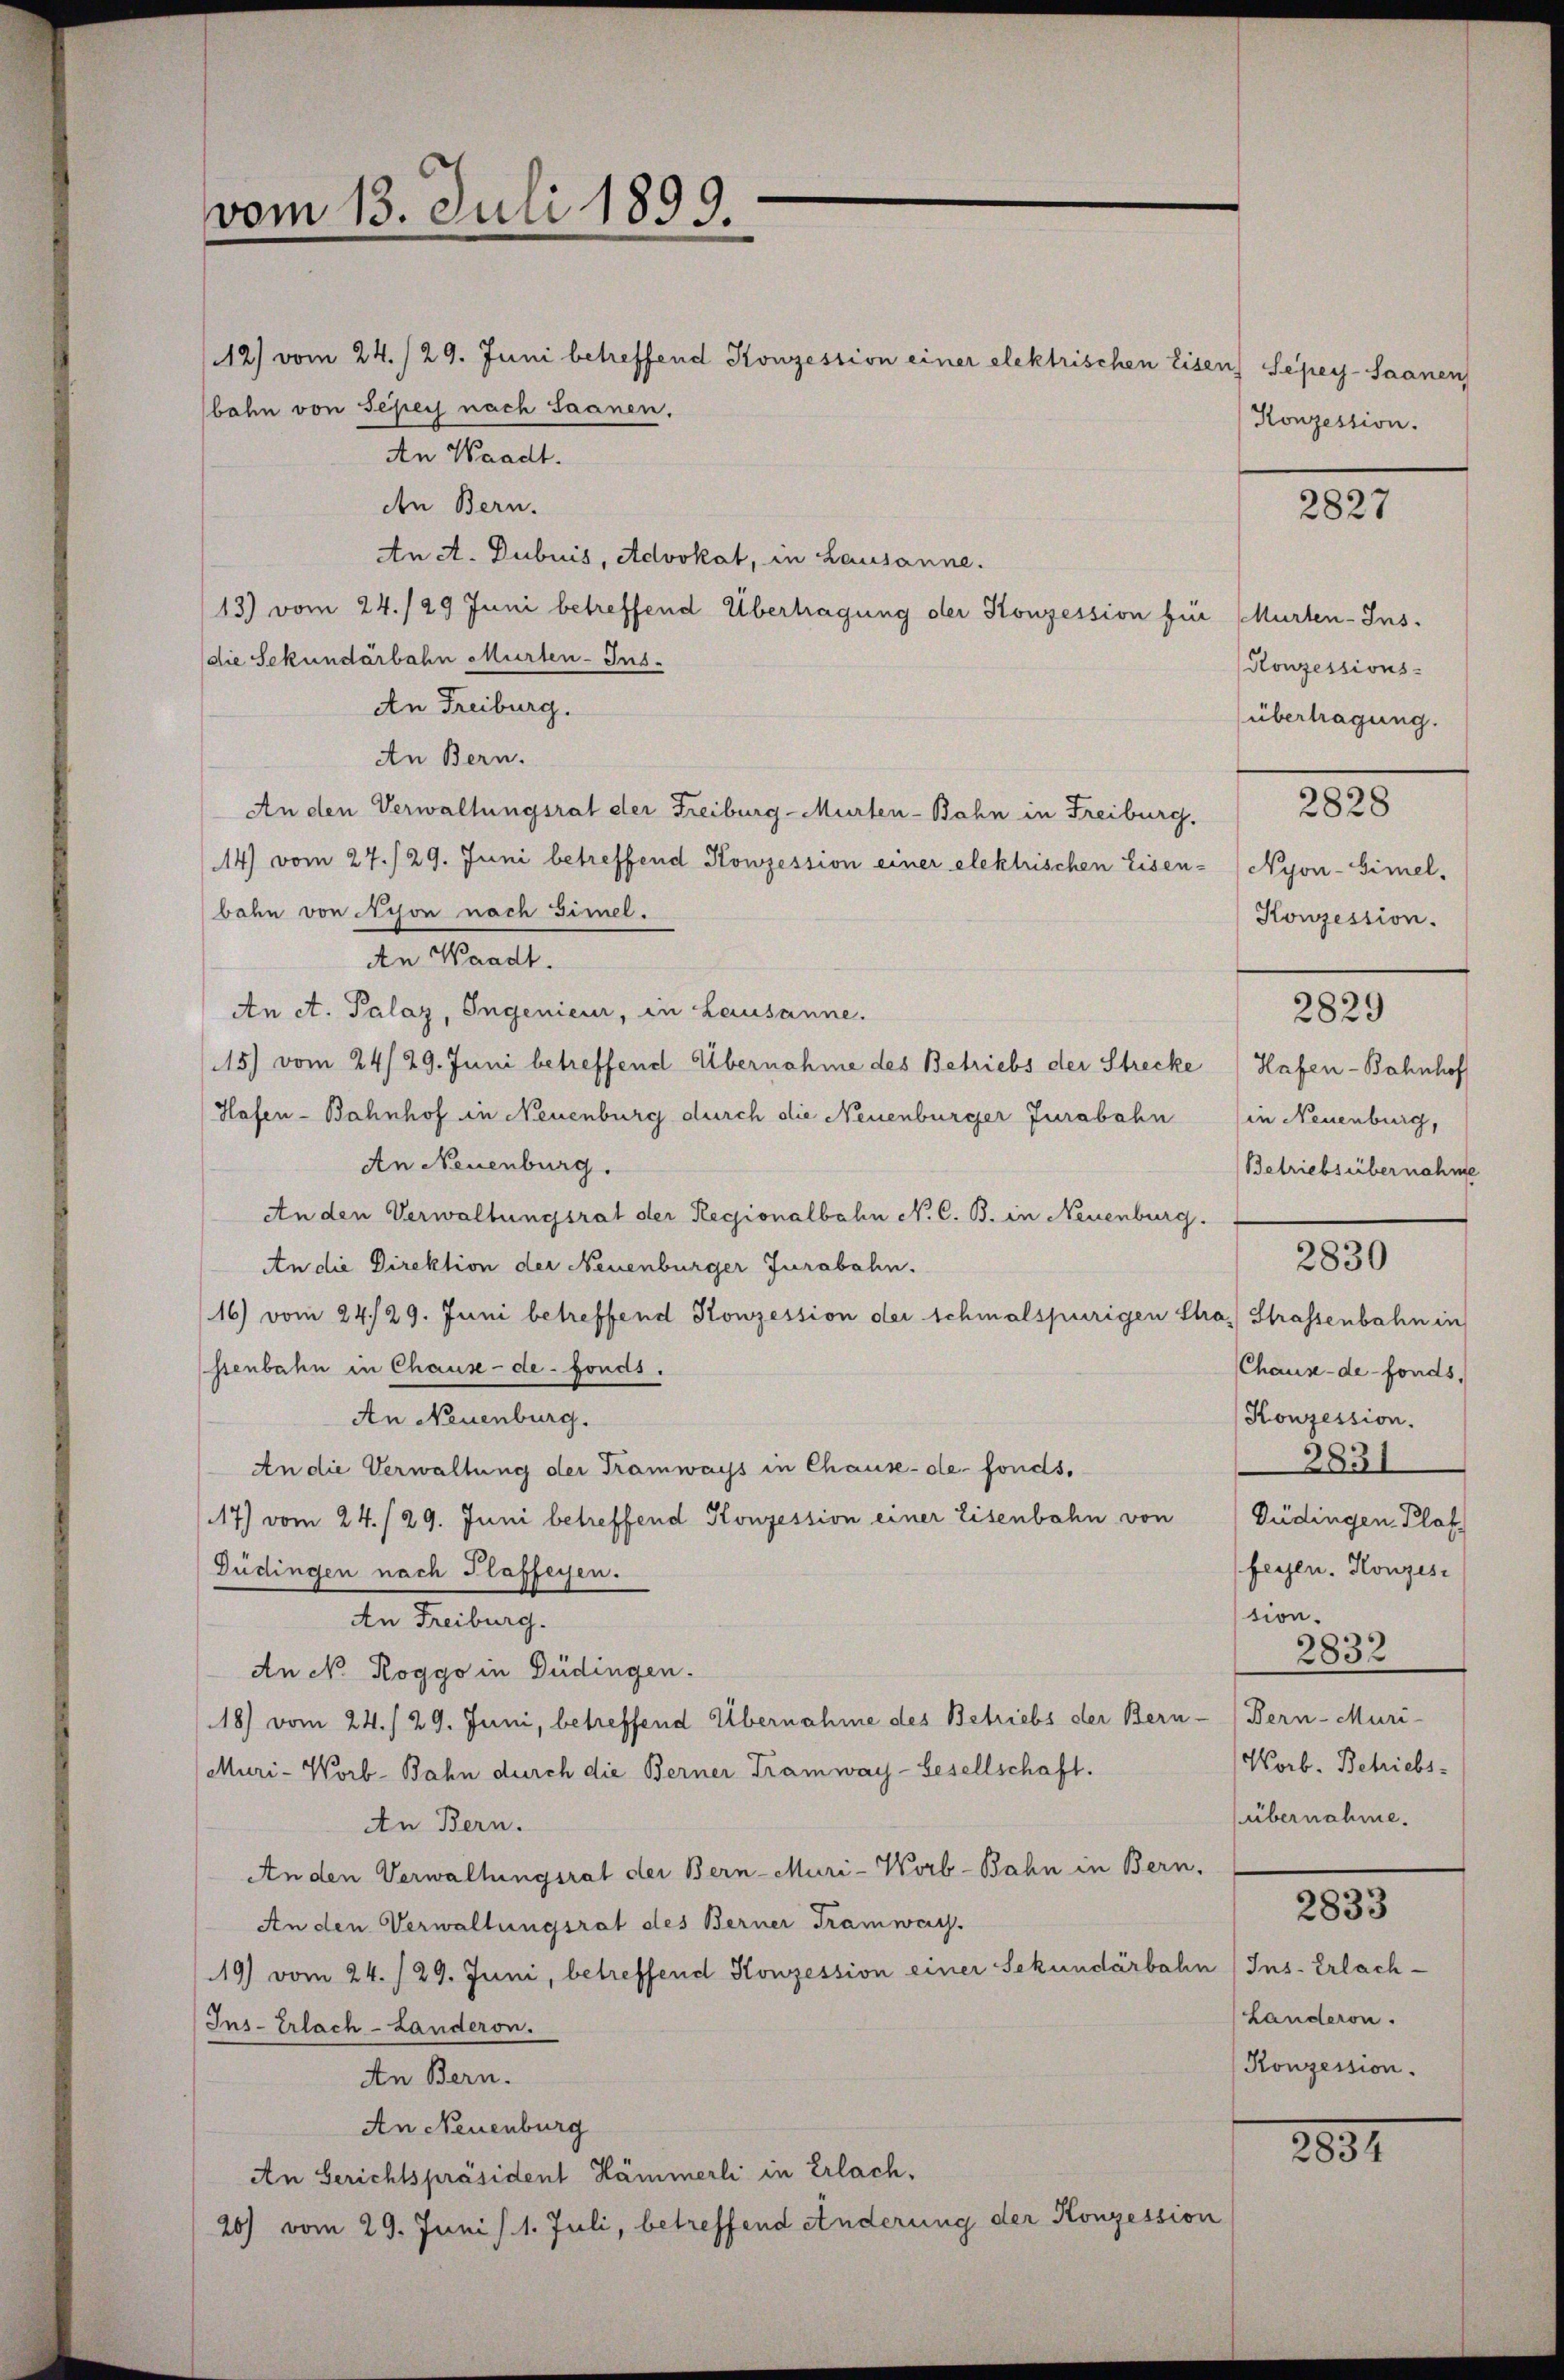
vom 13. Juli 1899.

12) vom 24./29. Juni betreffend Konzession einer elektrischen Eisen Sepey-Saanen
bahn von Sehers nach Saanen.
An Waadt.
den Bern.
An A. Dubuis, Advokat, in Lausanne.
13) vom 24./29 Juni betreffend Übertragung der Konzession für Murten-Insdie Sekundarbahn Murten-Ins-
An Freiburg.
An Bern.
An den Verwaltungsrat der Freiburg-Murten-Bahn in Freiburg.
14) vom 27./29. Juni betreffend Konzession einer elektrischen Eisen-
bahn von Nison nach Simel.
An Waadt.
An ct. Palaz, Ingenieur, in Lausanne.
15) vom 24. 29. Juni betreffend Übernahme des Betriebs der Strecke
Hafen-Bahnhof in Neuenburg durch die Neuenburger Jurabahn
An Neuenburg.
An den Verwaltungsrat der Regionalbahn N. C. B. in Neuenburg.
An die Direktion der Neuenburger Jurabahn.
16) vom 24./29. Juni betreffend Konzession der schmalspurigen Stra, Strassenbahn in
ssenbahn in Chause-de-Fonds.
An Neuenburg.
An die Verwaltung der Tramways in Chause-de-fonds,
117) vom 24./29. Juni betreffend Konzession einer Eisenbahn von
Düdingen nach Plaffeyen.
An Freiburg.
An N. Roggo in Büdingen.
18) vom 24. / 29. Juni, betreffend Übernahme des Betriebs der Bern-
Muri-Worb-Bahn durch die Berner Tramway-Gesellschaft.
An Bern.
An den Verwaltungsrat der Bern-Muri-Worb-Bahn in Bern.
An den Verwaltungsrat des Berner Tramway.
(19) vom 24. /29. Juni, betreffend Konzession einer Sekundärbahn (Ins-Erlach¬
Ins- Erlach - Landeron.
An Bern.
An Neuenburg
An Gerichtspräsident Hämmerli in Erlach,
20) vom 29. Juni / 1. Juli, betreffend Änderung der Konzession

Konzession.

2827

Konzessions-
übertragung.

2828

Nyon-Himel.
Konzession.
2829
Hafen-Bahnhof
in Neuenburg,
Betriebsübernahme

2830

Chaus-de-Fonds,
Konzession.
2831
Güdingen Plat
feesen. Konzes
tion.
2832
Bern-Muri-
Worb. Betriebs-
(übernahme.

2833

Landeron
Konzession.

2881